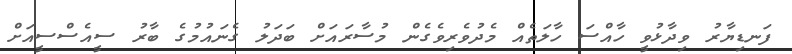
ފަނޑިޔާރު ވިދާޅުވީ ހާއްސަ ހާލަތެއް މެދުވެރިވެގެން މުސާރައަށް ބަދަލު ގެނައުމުގެ ބާރު ސީއެސްސީއަށް